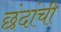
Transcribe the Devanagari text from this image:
छंदांची